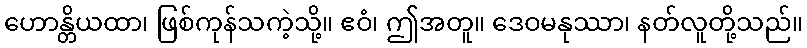
ဟောန္တိယထာ၊ ဖြစ်ကုန်သကဲ့သို့။ ဧဝံ၊ ဤအတူ။ ဒေဝမနုဿာ၊ နတ်လူတို့သည်။